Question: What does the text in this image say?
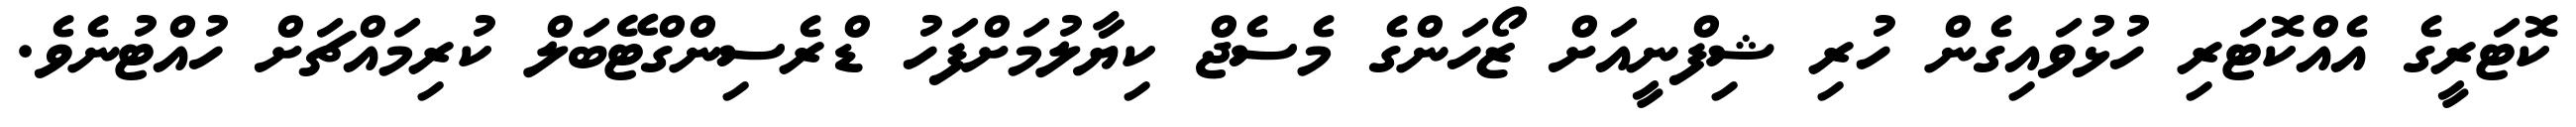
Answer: ކޮޓަރީގެ އެއްކޮޓަރި ހުޅުވައިގެން ހުރި ޝިފްނީއަށް ޒޯހަންގެ މެސެޖް ކިޔާލުމަށްފަހު ޑްރެސިންގްޓޭބަލް ކުރިމައްޗަށް ހުއްޓުނެވެ.